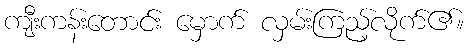
ကျီးကန်းတောင်း မှောက် လှမ်းကြည့်လိုက်၏။